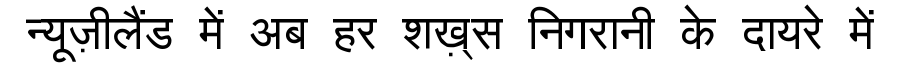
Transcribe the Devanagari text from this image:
न्यूज़ीलैंड में अब हर शख़्स निगरानी के दायरे में